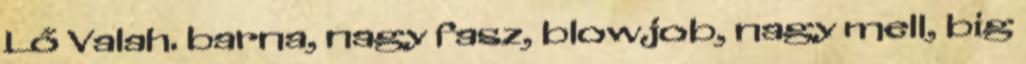
Lő Valah. barna, nagy fasz, blowjob, nagy mell, big